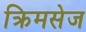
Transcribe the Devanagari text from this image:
क्रिमसेज